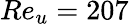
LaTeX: Re_{u}=207